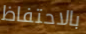
بالاحتفاظ